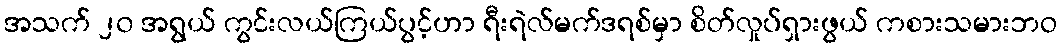
အသက် ၂၀ အရွယ် ကွင်းလယ်ကြယ်ပွင့်ဟာ ရီးရဲလ်မက်ဒရစ်မှာ စိတ်လှုပ်ရှားဖွယ် ကစားသမားဘဝ